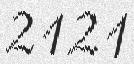
2121